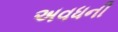
અવધની